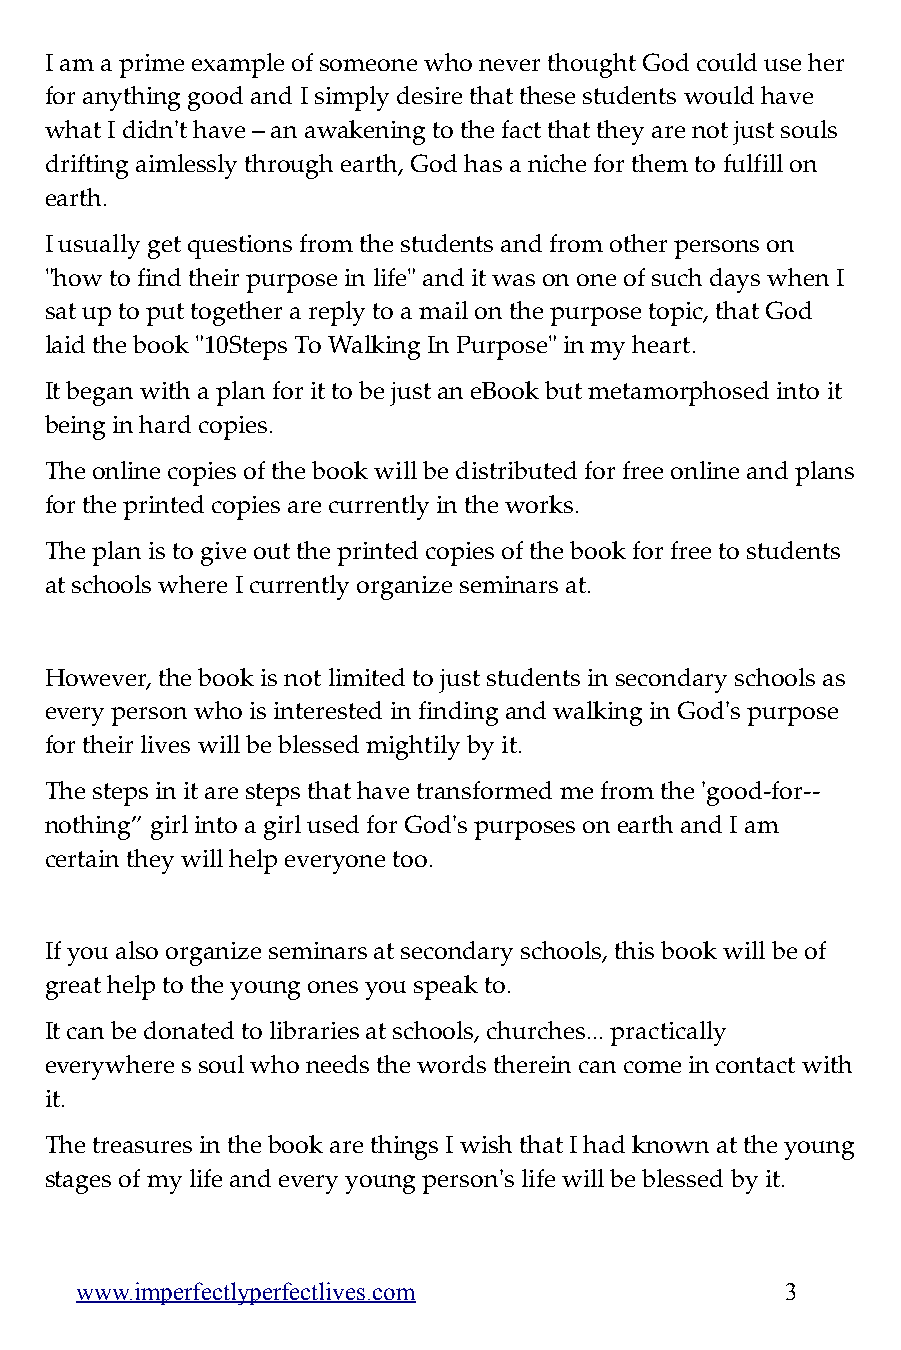
I am a prime example of someone who never thought God could use her
 for anything good and I simply desire that these students would have
 what I didn't have – an awakening to the fact that they are not just souls
 drifting aimlessly through earth, God has a niche for them to fulfill on
 earth.
 I usually get questions from the students and from other persons on
 "how to find their purpose in life" and it was on one of such days when I
 sat up to put together a reply to a mail on the purpose topic, that God
 laid the book "10Steps To Walking In Purpose" in my heart.
 It began with a plan for it to be just an eBook but metamorphosed into it
 being in hard copies.
 The online copies of the book will be distributed for free online and plans
 for the printed copies are currently in the works.
 The plan is to give out the printed copies of the book for free to students
 at schools where I currently organize seminars at.
 However, the book is not limited to just students in secondary schools as
 every person who is interested in finding and walking in God's purpose
 for their lives will be blessed mightily by it.
 The steps in it are steps that have transformed me from the 'good-for--
 nothing” girl into a girl used for God's purposes on earth and I am
 certain they will help everyone too.
 If you also organize seminars at secondary schools, this book will be of
 great help to the young ones you speak to.
 It can be donated to libraries at schools, churches... practically
 everywhere s soul who needs the words therein can come in contact with
 it.
 The treasures in the book are things I wish that I had known at the young
 stages of my life and every young person's life will be blessed by it.
 www.imperfectlyperfectlives.com                3